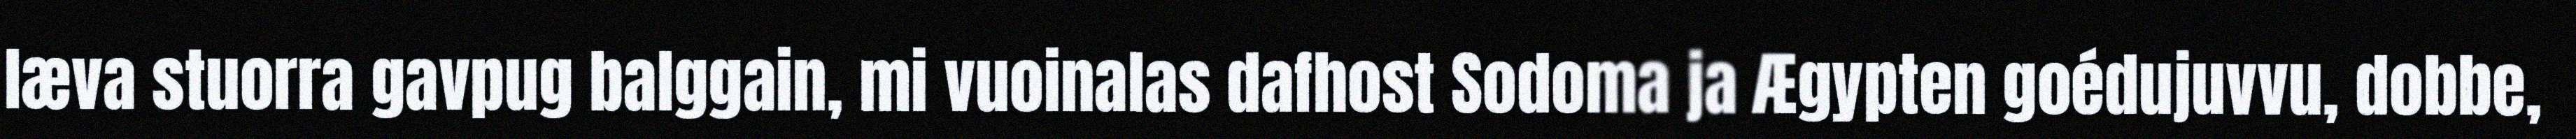
læva stuorra gavpug balggain, mi vuoinalas dafhost Sodoma ja Ægypten goédujuvvu, dobbe,